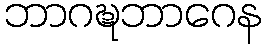
ဘာဂဍ္ဎဘာဂေန